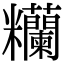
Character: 糷